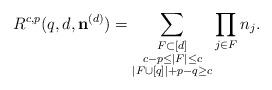
LaTeX: \begin{align*} R^{c,p}(q,d,\mathbf{n}^{(d)}) = \sum_{\substack{F \subset [d] \\c-p \leq |F| \leq c \\|F \cup [q]|+p-q \geq c}} \prod_{j \in F } n_{j}.\end{align*}